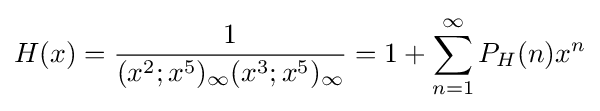
H(x)={\frac {1}{(x^{2};x^{5})_{\infty }(x^{3};x^{5})_{\infty }}}=1+\sum _{n=1}^{\infty }P_{H}(n)x^{n}